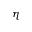
\eta